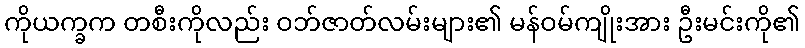
ကိုယက္ခက တစီးကိုလည်း ဝဘ်ဇာတ်လမ်းများ၏ မန်ဝမ်ကျိုးအား ဦးမင်းကို၏